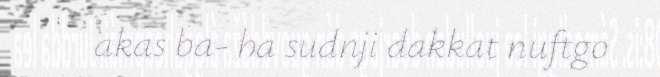
akas ba- ha sudnji dakkat nuftgo